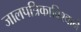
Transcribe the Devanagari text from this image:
जालपत्रिकाविश्वाने